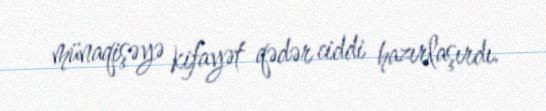
münaqişəyə kifayət qədər ciddi hazırlaşırdı.